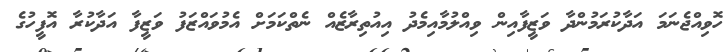
ހޮވިއްޖެނަމަ އަދާކުރަމުންދާ ވަޒީފާއިން ވިއްލުމާއިމެދު އިއުތިރާޒެއް ނެތްކަމަށް އެމުވައްޒަފު ވަޒީފާ އަދާކުރާ އޮފީހުގެ